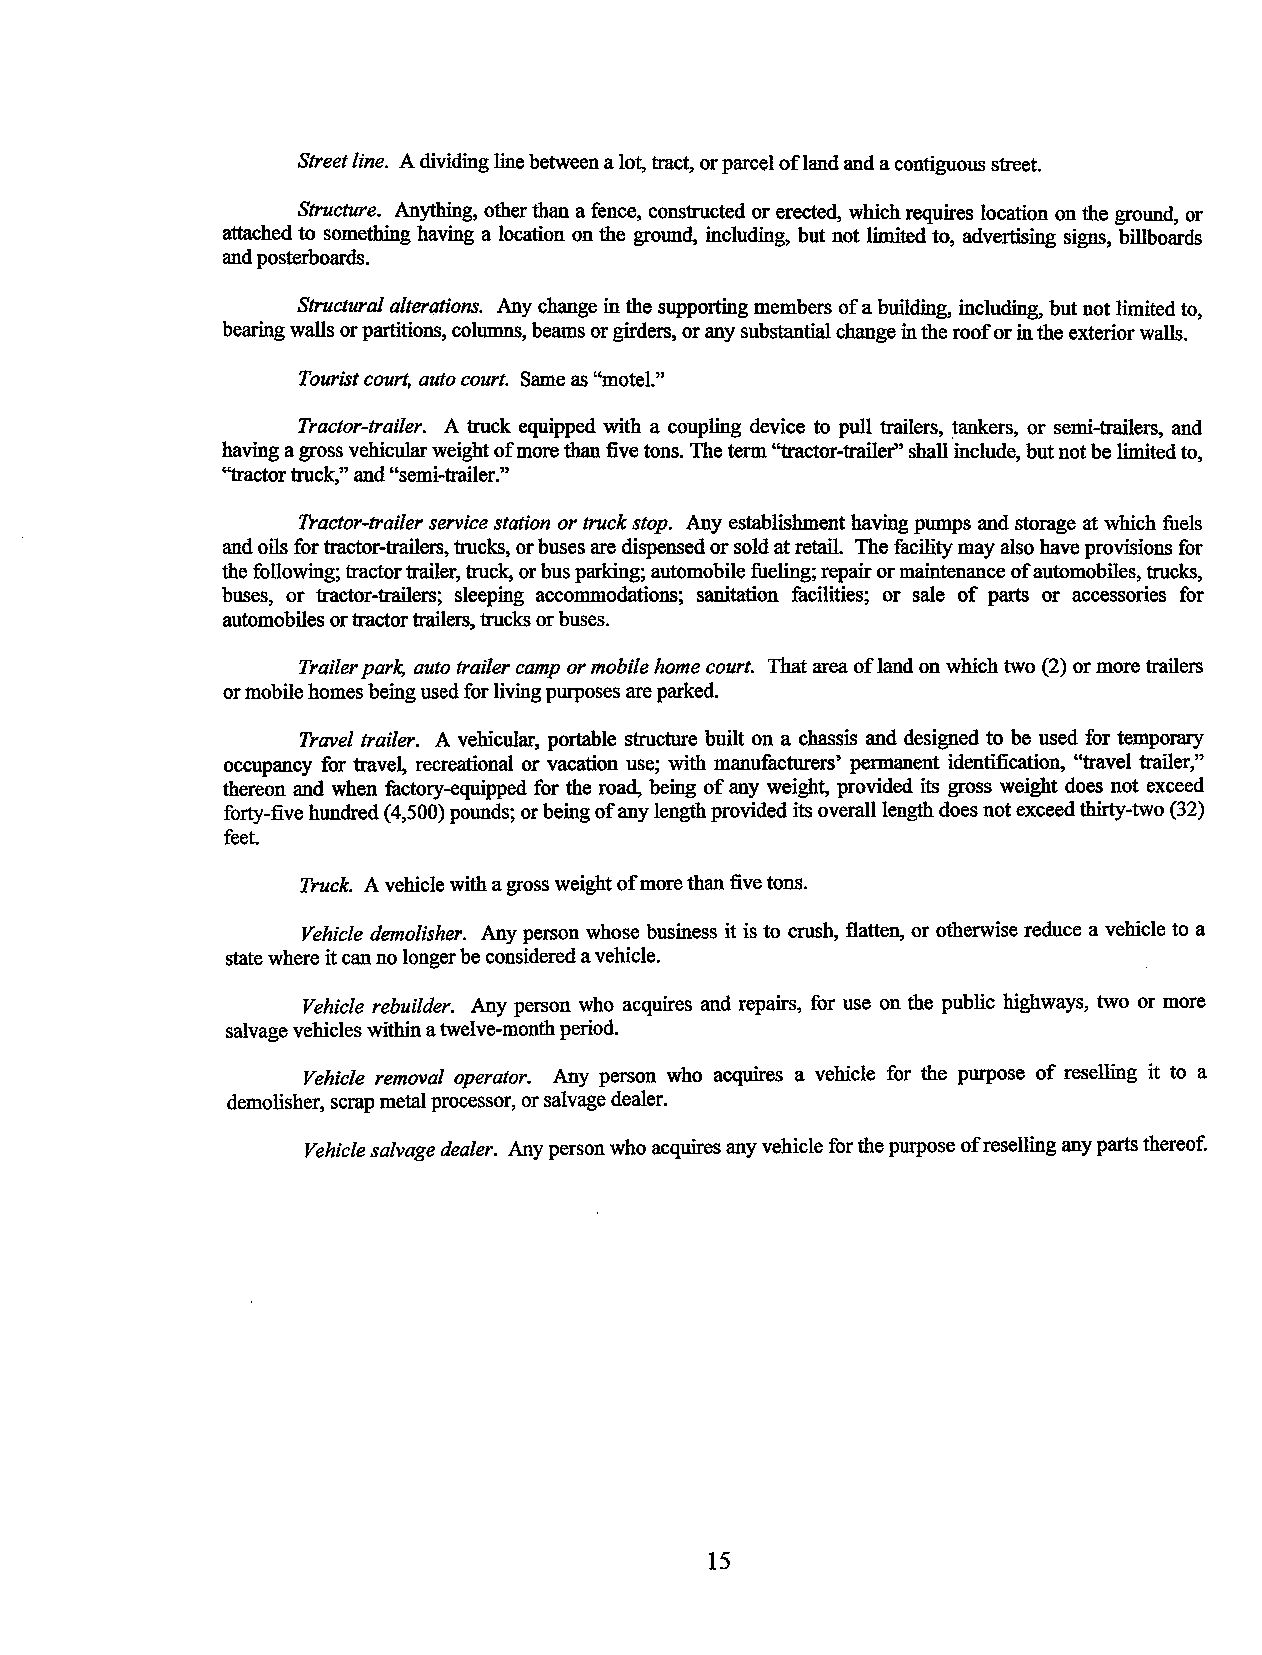
Street line. A dividing line between a lot, tract, or parcel of land and a contiguous street.
 Structure. Anything, other than a fence, constructed or erected, which requires location on the ground, or
 attached to something having a location on the ground, including, but not limited to, advertising signs, billboards
 and posterboards.
 Structural alterations. Any change in the supporting members of a building, including, but not limited to,
 bearing walls or partitions, columns, beams or girders, or any substantial change in the roof or in the exterior walls.
 Tourist court, auto court. Same as ''motel."
 Tractor-trailer. A truck equipped with a coupling device to pull trailers, tankers, or semi-trailers, and
 having a gross vehicular weight of more than five tons. The term "tractor-trailer" shall include, but not be limited to,
 ''tractor truck," and "semi-trailer."
 Tractor-trailer service station or truck stop. Any establishment having pumps and storage at which fuels
 and oils for tractor-trailers, trucks, or buses are dispensed or sold at retail. The facility may also have provisions for
 the following; tractor trailer, truck, or bus parking; automobile fueling; repair or maintenance of automobiles, trucks,
 buses, or tractor-trailers; sleeping accommodations; sanitation facilities; or sale of parts or accessories for
 automobiles or tractor trailers, trucks or buses.
 Trailer park, auto trailer camp or mobile home court. That area of land on which two (2) or more trailers
 or mobile homes being used for living purposes are parked.
 Travel trailer. A vehicular, portable structure built on a chassis and designed to be used for temporary
 occupancy for travel, recreational or vacation use; with manufacturers' permanent identification, ''travel trailer,"
 thereon and when factory-equipped for the road, being of any weight, provided its gross weight does not exceed
 forty-five hundred (4 ,500) pounds; or being of any length provided its overall length does not exceed thirty-two (32)
 feet.
 Truck. A vehicle with a gross weight of more than five tons.
 Vehicle demolisher. Any person whose business it is to crush, flatten, or otherwise reduce a vehicle to a
 state where it can no longer be considered a vehicle.
 Vehicle rebuilder. Any person who acquires and repairs, for use on the public highways, two or more
 salvage vehicles within a twelve-month period.
 Vehicle removal operator. Any person who acquires a vehicle for the purpose of reselling it to a
 demolisher, scrap metal processor, or salvage dealer.
 Vehicle salvage dealer. Any person who acquires any vehicle for the purpose of reselling any parts thereof.
 15